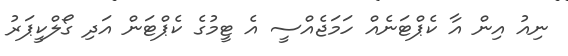
ނިއު އިން އާ ކެޕްޓަނެއް ހަމަޖެއްސީ އެ ޓީމުގެ ކެޕްޓަން އަދި ގޯލްކީޕަރު